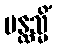
ပန္ထသ္မိံ